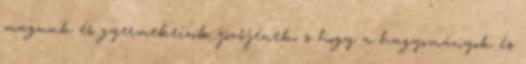
magunk és gyermekeink jövőjének, s hogy a hagyományok és